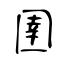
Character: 圉